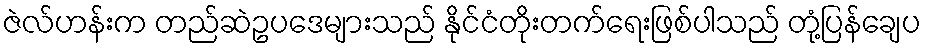
ဇဲလ်ဟန်းက တည်ဆဲဥပဒေများသည် နိုင်ငံတိုးတက်ရေးဖြစ်ပါသည် တုံ့ပြန်ချေပ